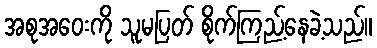
အစုအဝေးကို သူမပြတ် စိုက်ကြည့်နေခဲ့သည်။